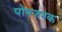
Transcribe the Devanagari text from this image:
पोषजनक